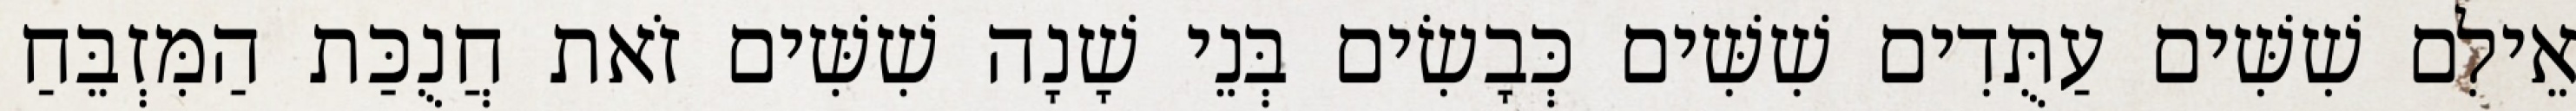
אֵילִם שִׁשִּׁים עַתֻּדִים שִׁשִּׁים כְּבָשִׂים בְּנֵי שָׁנָה שִׁשִּׁים זֹאת חֲנֻכַּת הַמִּזְבֵּחַ